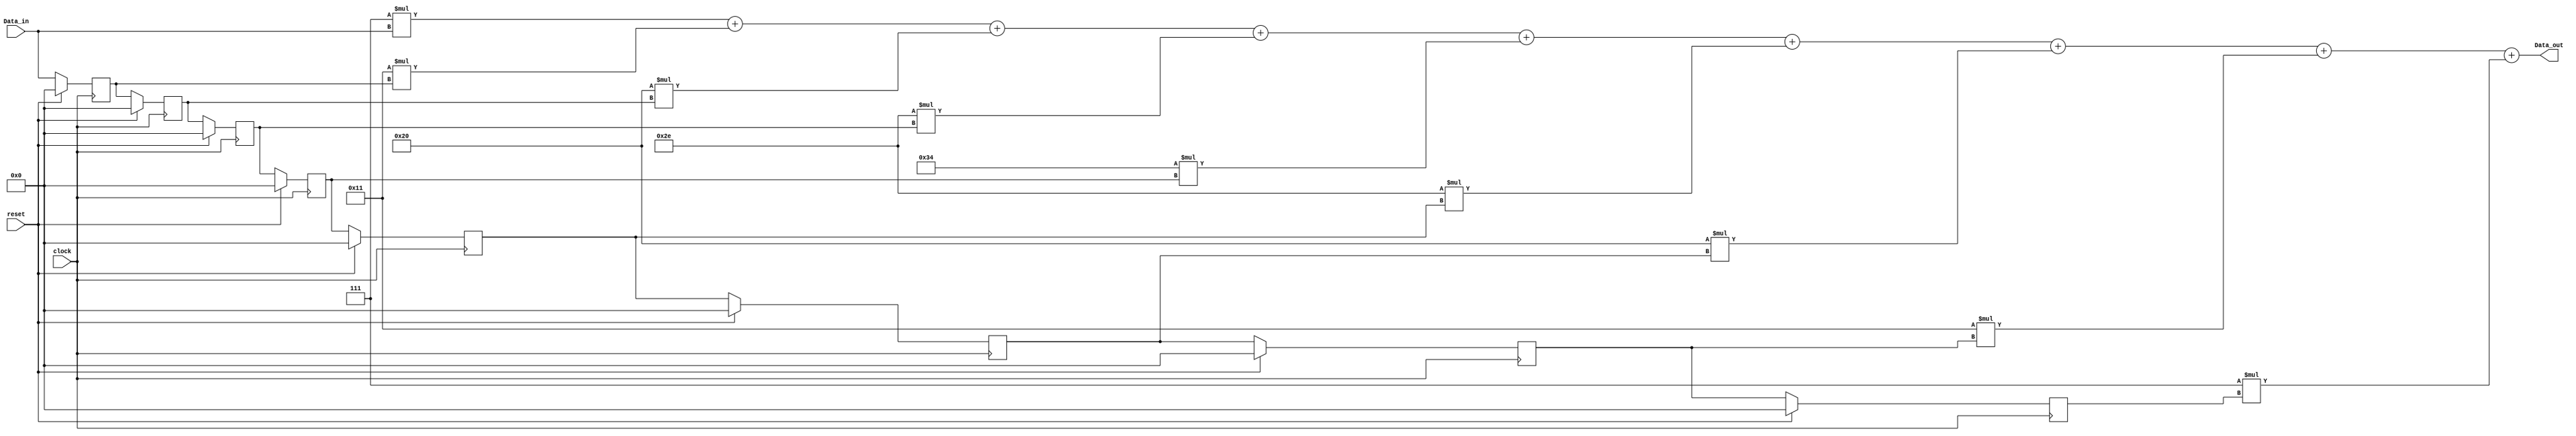
module FIR_Gaussian_Lowpass (Data_out, Data_in, clock, reset);
   // Eighth-order, Gaussian Lowpass FIR
  parameter	order = 8;
  parameter	word_size_in = 8;				 	 
  parameter	word_size_out = 2*word_size_in + 2;
  output		[word_size_out -1: 0] Data_out;
  input		[word_size_in-1: 0] Data_in;
  input		clock, reset;
  parameter 	b0 = 8'd7;	// Filter coefficients
  parameter	b1 = 8'd17;
  parameter	b2 = 8'd32;
  parameter	b3 = 8'd46;
  parameter	b4 = 8'd52;
  parameter	b5 = 8'd46;
  parameter	b6 = 8'd32;
  parameter	b7 = 8'd17;
  parameter	b8 = 8'd7;
  reg		[word_size_in-1: 0] Samples [1: order];

  integer		k;
  assign Data_out =	   b0 * Data_in
			+ b1 * Samples[1] 
+ b2 * Samples[2] 
+ b3 * Samples[3]
+ b4 * Samples[4]
+ b5 * Samples[5]
+ b6 * Samples[6]
+ b7 * Samples[7]
+ b8 * Samples[8];
	 
always @ (posedge clock) 
    if (reset == 1) begin for (k = 1; k <= order; k = k+1) Samples [k] <= 0; end 
    else begin
      Samples [1] <= Data_in;
      for (k = 2; k <= order; k = k+1) Samples [k] <= Samples[k-1];
    end
endmodule